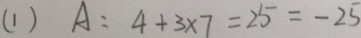
( 1 ) A = 4 + 3 \times 7 = 2 5 = - 2 5